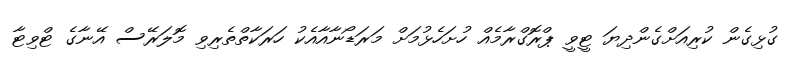
ގުޅިގެން ކުރިއަށްގެންދިޔަ ޓީވީ ޕްރޮގްރާމެއް ހުށަހެޅުމަށް މަރަޑޯނާއާއެކު ހަރަކާތްތެރިވި މޮލަރޭސް އޭނާގެ ޓްވިޓާ